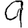
Digit: 9